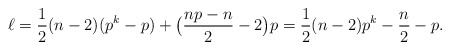
\begin{align*} \ell & = \frac{1}{2}(n-2)(p^k - p) + \big(\frac{np-n}{2} - 2\big)p = \frac{1}{2}(n-2)p^k - \frac{n}{2} - p. \end{align*}